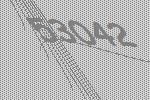
53042